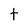
Character: t